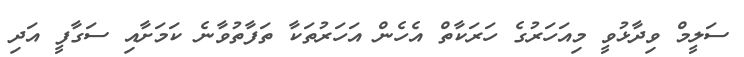
ސަލީމް ވިދާޅުވީ މިއަހަރުގެ ހަރަކާތް އެހެން އަހަރުތަކާ ތަފާތުވާނެ ކަމަށާއި ސަގާފީ އަދި